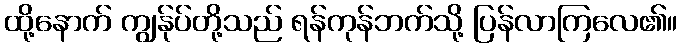
ထို့နောက် ကျွန်ုပ်တို့သည် ရန်ကုန်ဘက်သို့ ပြန်လာကြလေ၏။